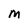
Character: m